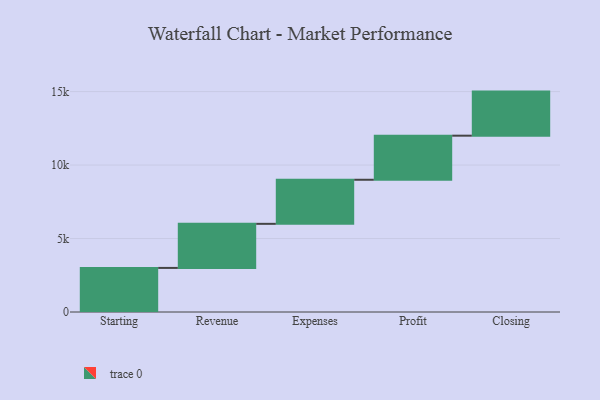
{"axis": {"x": "Step", "y": "Value"}, "legend": [""], "data": [{"x": "Starting", "y": 3000, "type": ""}, {"x": "Revenue", "y": 3000, "type": ""}, {"x": "Expenses", "y": 3000, "type": ""}, {"x": "Profit", "y": 3000, "type": ""}, {"x": "Closing", "y": 3000, "type": ""}]}